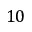
1 0